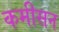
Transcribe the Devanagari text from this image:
कमीसन